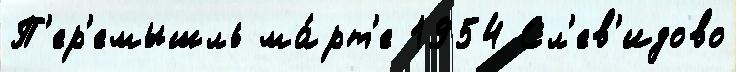
П'ер'емышль ма́рт'е 1954 Сл'ев'идово